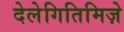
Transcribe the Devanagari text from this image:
देलेगितिमिज़े